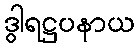
ဒွါရဋ္ဌပနာယ